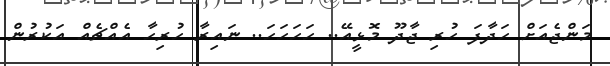
މަންޖެއަށް ހަދާފަ ހުރި ޖާދޫ މޮޅީއޭ.. ހަހަހަހަ.. ނައިރާ ހުރިހާ އެއްޗެއް އަކުރުން